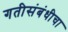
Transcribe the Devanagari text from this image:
गतीसंबंधीचा